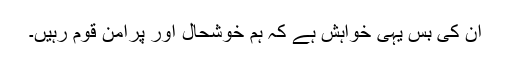
ان کی بس یہی خواہش ہے کہ ہم خوشحال اور پرامن قوم رہیں۔